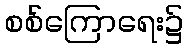
စစ်ကြောရေး၌